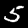
Digit: 5